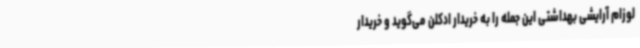
لوزام آرایشی بهداشتی این جمله را به خریدار ادکلن می‌گوید و خریدار